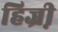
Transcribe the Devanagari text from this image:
हिज्री़